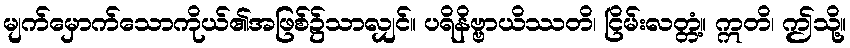
မျက်မှောက်သောကိုယ်၏အဖြစ်၌သာလျှင်။ ပရိနိဗ္ဗာယိဿတိ၊ ငြိမ်းလတ္တံ့။ ဣတိ၊ ဤသို့။